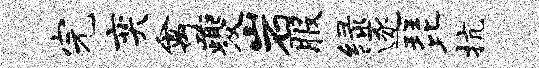
完奕禽夔岩服绿逐琵抗